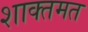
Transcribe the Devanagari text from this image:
शाक्तमत